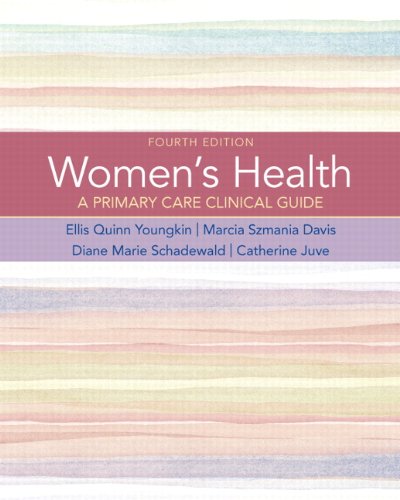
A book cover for Women's Health: A Primary Care Clinical Guide (4th Edition); Ellis Quinn Youngkin; Health, Fitness & Dieting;